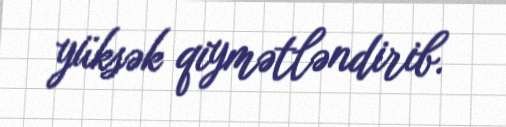
yüksək qiymətləndirib.